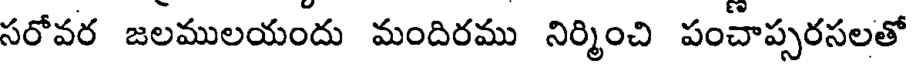
సరోవర జలములయందు మందిరము నిర్మించి పంచాప్పరసలతో